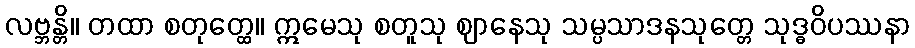
လဗ္ဘန္တိ။ တထာ စတုတ္ထေ။ ဣမေသု စတူသု ဈာနေသု သမ္ပသာဒနသုတ္တေ သုဒ္ဓဝိပဿနာ